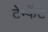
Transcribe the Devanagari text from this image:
टेम्फेंट